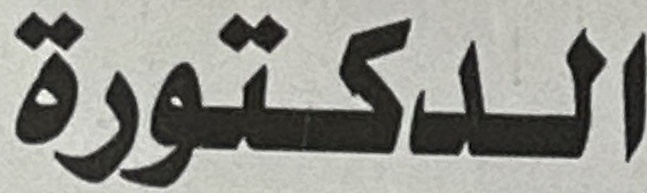
الدكتورة